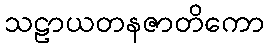
သဠာယတနဇာတိကော